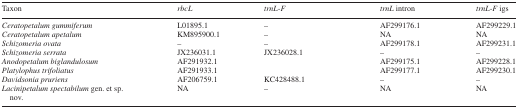
<table><thead><tr><td><b>Taxon</b></td><td><b><i>rbcL</i></b></td><td><b><i>trnL-F</i></b></td><td><b><i>trnL</i> intron</b></td><td><b><i>trnL-F</i> igs</b></td></tr></thead><tbody><tr><td><i>Ceratopetalum gummiferum</i></td><td>L01895.1</td><td>–</td><td>AF299176.1</td><td>AF299229.1</td></tr><tr><td><i>Ceratopetalum apetalum</i></td><td>KM895900.1</td><td>–</td><td>NA</td><td>NA</td></tr><tr><td><i>Schizomeria ovata</i></td><td>–</td><td>–</td><td>AF299178.1</td><td>AF299231.1</td></tr><tr><td><i>Schizomeria serrata</i></td><td>JX236031.1</td><td>JX236028.1</td><td>–</td><td>–</td></tr><tr><td><i>Anodopetalum biglandulosum</i></td><td>AF291932.1</td><td></td><td>AF299175.1</td><td>AF299228.1</td></tr><tr><td><i>Platylophus trifoliatus</i></td><td>AF291933.1</td><td></td><td>AF299177.1</td><td>AF299230.1</td></tr><tr><td><i>Davidsonia pruriens</i></td><td>AF206759.1</td><td>KC428488.1</td><td>–</td><td>–</td></tr><tr><td><i>Lacinipetalum</i><i>spectabilum</i> gen. et sp. nov.</td><td>NA</td><td>–</td><td>NA</td><td>NA</td></tr></tbody></table>